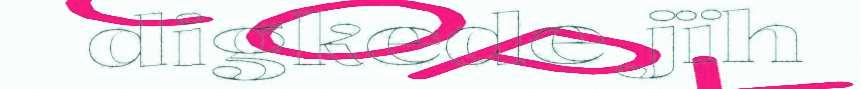
digkede jïh